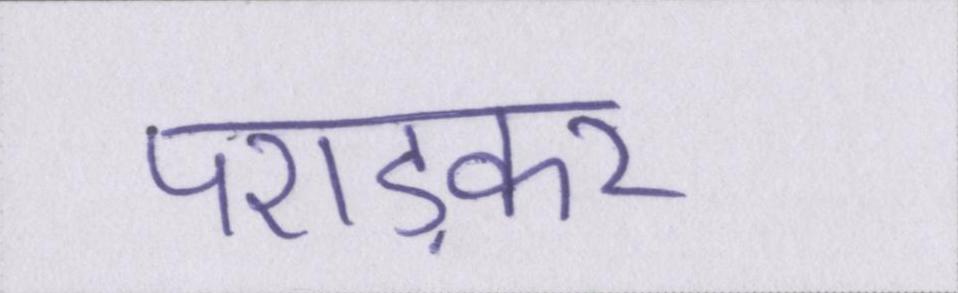
पराड़कर